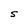
Character: S